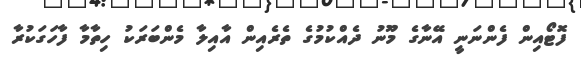
ފޮޓޯއިން ފެންނަނީ އޭނާގެ މޫނު ދެއްކުމުގެ ތެރެއިން އާއިލާ މެންބަރަކު ހިތާމާ ފާހަގަކުރާ